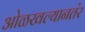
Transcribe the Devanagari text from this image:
ओळखल्यानतंर